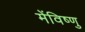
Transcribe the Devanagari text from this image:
मेंविष्णु